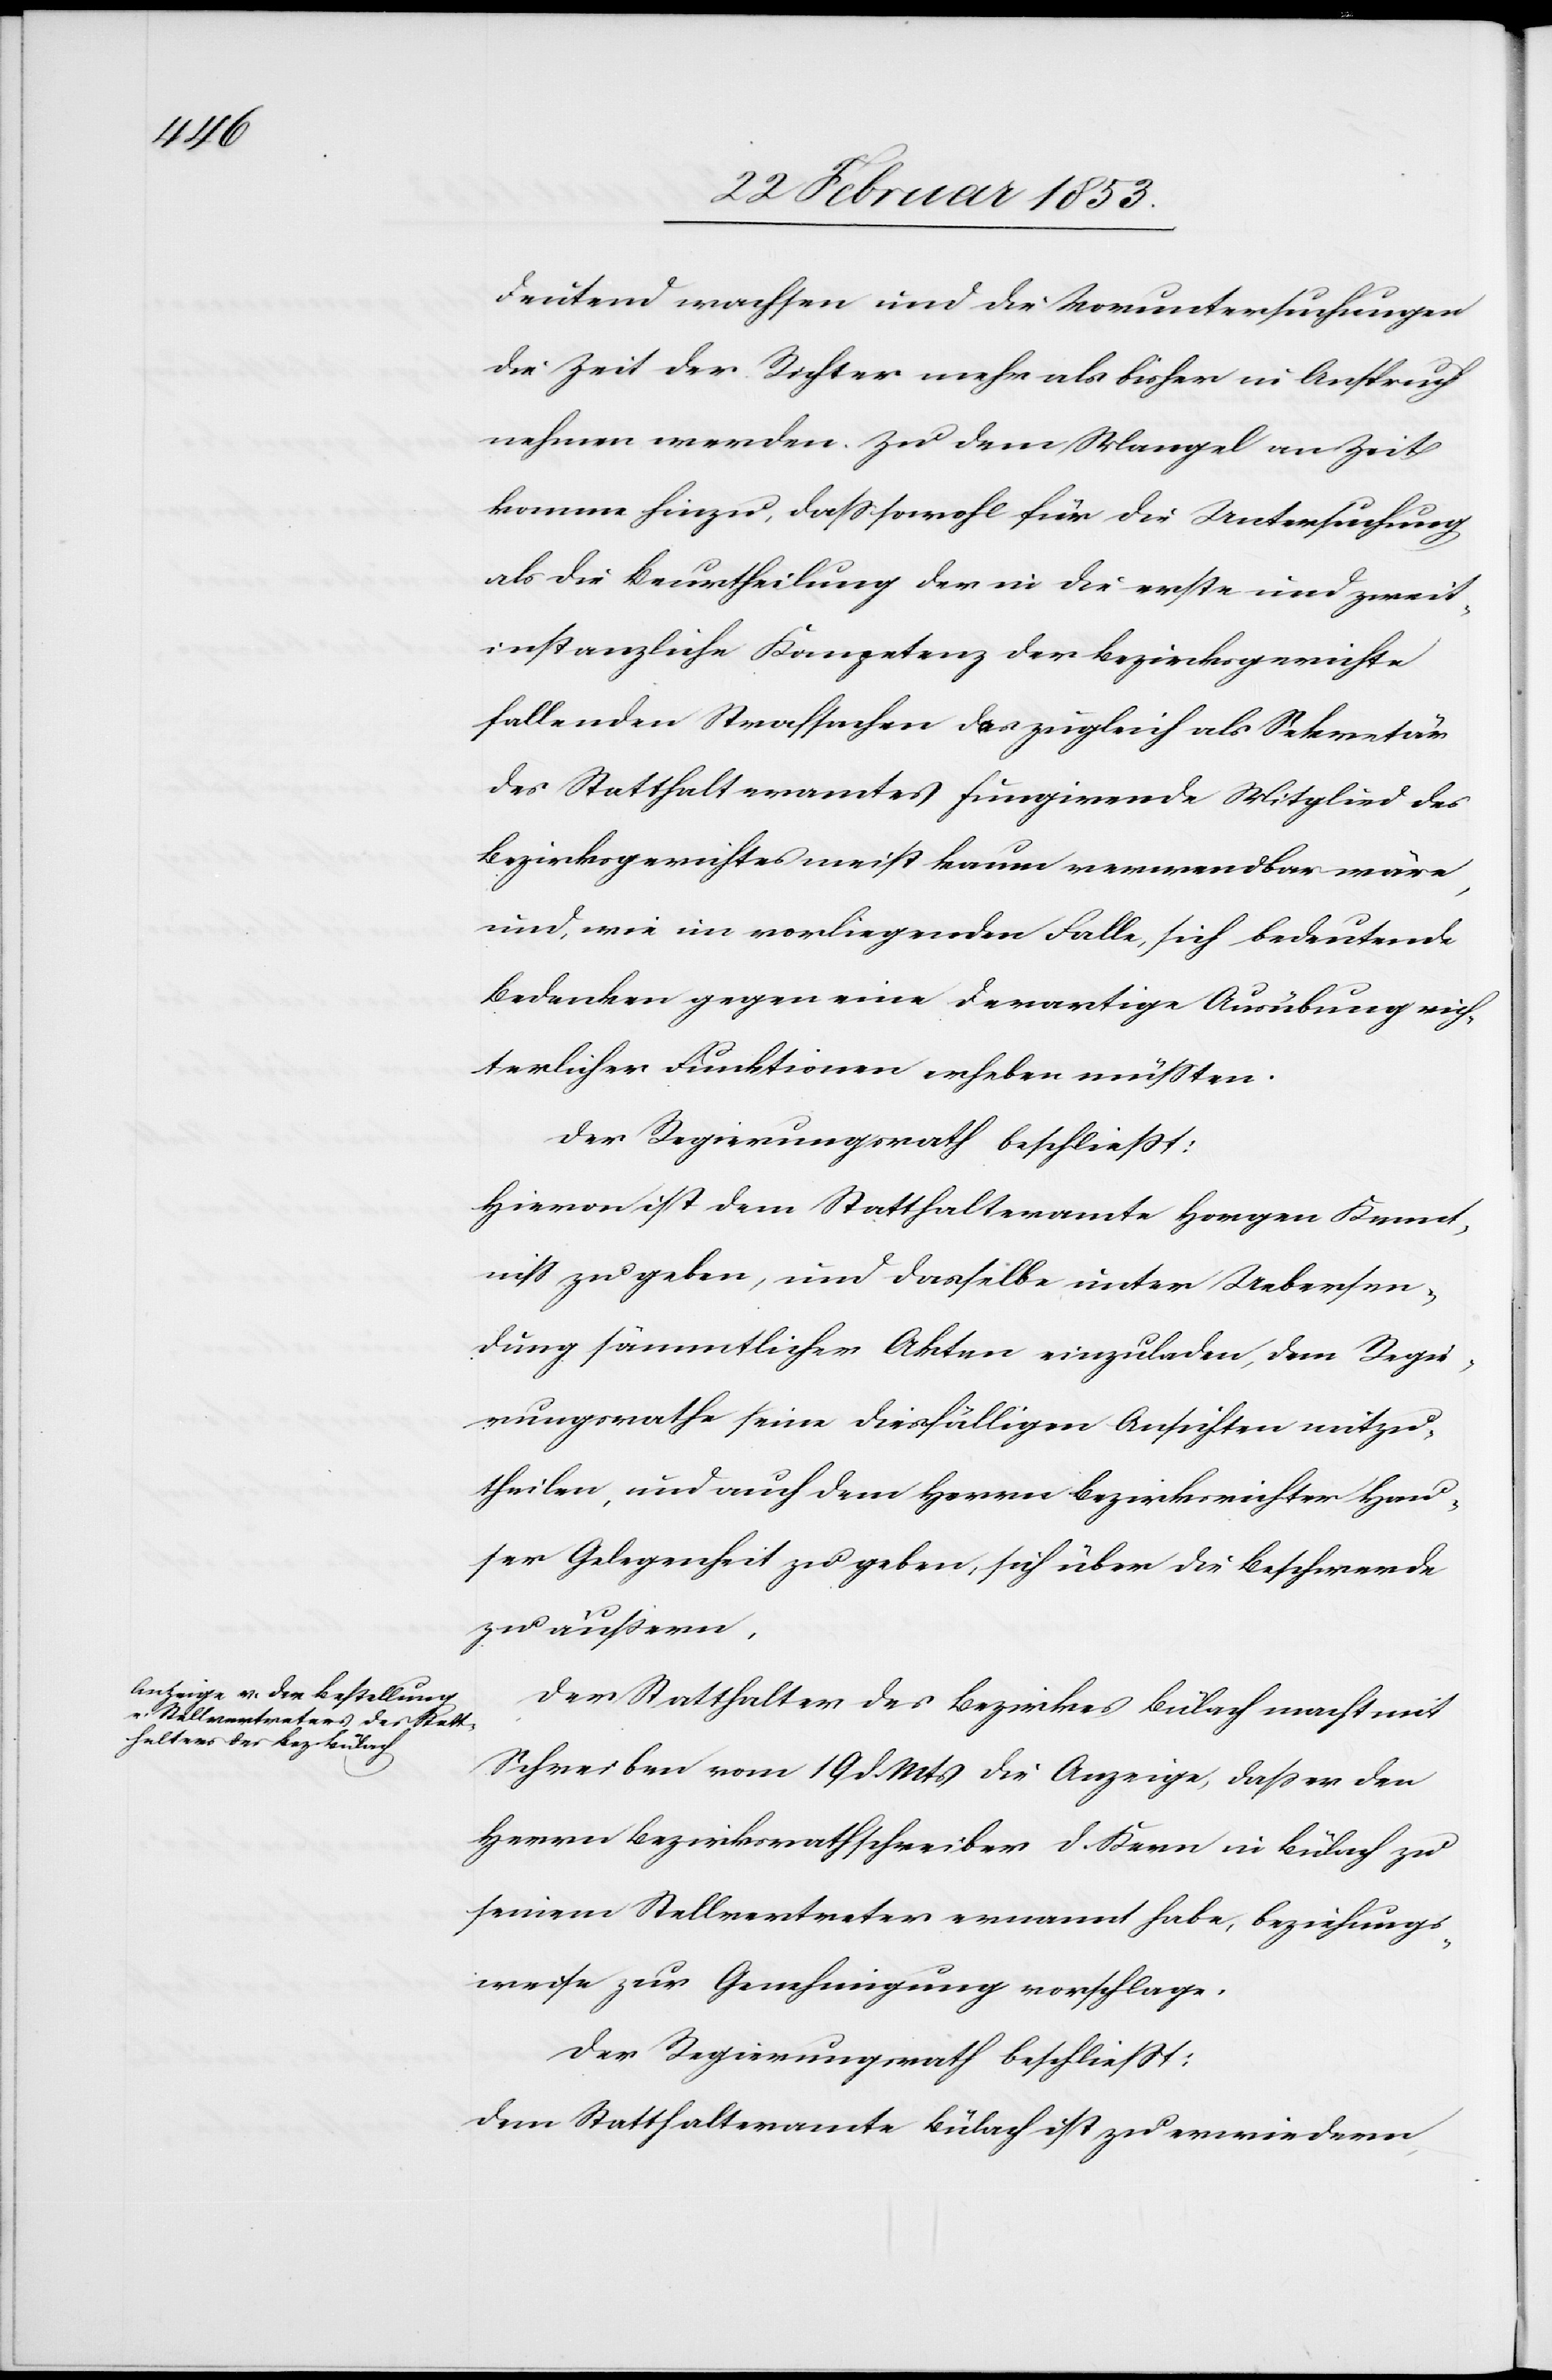
deutend wachsen und die Voruntersuchungen
die Zeit der Richter mehr als bisher in Anspruch
nehmen werden. Zu dem Mangel an Zeit
komme hinzu, daß sowohl für die Untersuchung
als die Beurtheilung der in die erste und zweit¬
instanzliche Kompetenz der Bezirksgerichte
fallenden Strafsachen das zugleich als Sekretär
des Statthalteramtes fungirende Mitglied des
Bezirksgerichtes meist kaum verwendbar wäre,
und, wie im vorliegenden Falle, sich bedeutende
Bedenken gegen eine derartige Ausübung rich¬
terlicher Funktionen erheben müßten.
Der Regierungsrath beschließt:
Hievon ist dem Statthalteramte Horgen Kennt¬
niß zu geben, und dasselbe unter Uebersen¬
dung sämmtlicher Akten einzuladen, dem Regie¬
rungsrathe seine diesfälligen Ansichten mitzu¬
theilen, und auch dem Herrn Bezirksrichter Hau¬
ser Gelegenheit zu geben, sich über die Beschwerde
zu äußern.
Der Statthalter des Bezirkes Bülach macht mit
Schreiben vom 19 d. Mts. die Anzeige, daß er den
Herrn Bezirksrathsschreiber D. Kern in Bülach zu
seinem Stellvertreter ernannt habe, beziehungs¬
weise zur Genehmigung vorschlage.
Der Regierungsrath beschließt:
Dem Statthalteramte Bülach ist zu erwiedern,